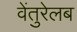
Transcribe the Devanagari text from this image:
वेंतुरेलब